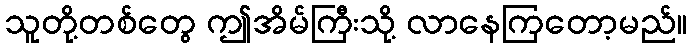
သူတို့တစ်တွေ ဤအိမ်ကြီးသို့ လာနေကြတော့မည်။